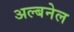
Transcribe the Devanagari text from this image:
अल्बनेल